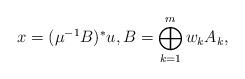
LaTeX: \begin{align*}x=(\mu^{-1}B)^{\ast}u,B=\bigoplus_{k=1}^{m}w_{k}A_{k},\end{align*}